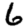
Digit: 6